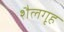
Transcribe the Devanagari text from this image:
शैलगृह